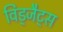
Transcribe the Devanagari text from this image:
विड्जैट्स